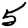
Digit: 5